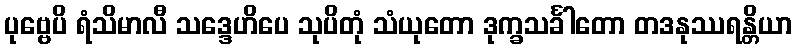
ပုဗ္ဗေပိ ရံသိမာလီ သဒ္ဒေဟိပေ သုပိတုံ သံယုတော ဒုက္ခသင်္ခါတော တဒနုဿရန္တိယာ